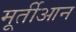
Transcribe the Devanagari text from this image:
मूर्तीआन